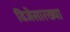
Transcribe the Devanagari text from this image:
विजेसारख्या